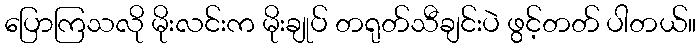
ပြောကြသလို မိုးလင်းက မိုးချုပ် တရုတ်သီချင်းပဲ ဖွင့်တတ် ပါတယ်။